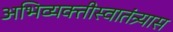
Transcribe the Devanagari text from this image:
अभिव्यक्तीस्वातंत्र्यास